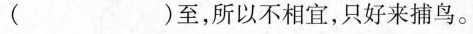
()至，所以不相宜，只好来捕鸟。